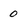
Character: 0